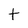
Character: t